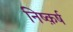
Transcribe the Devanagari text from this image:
निष्क़र्ष